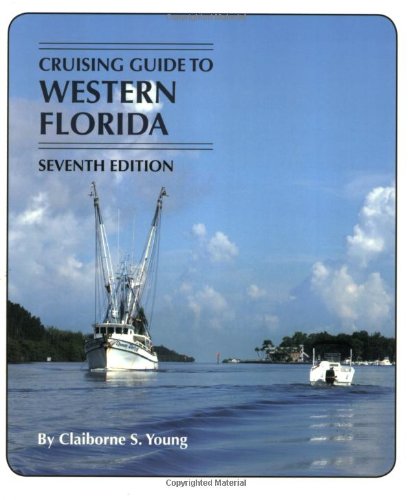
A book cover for Cruising Guides: Cruising Guide to Western Florida: Seventh Edition (Cruising Guide Series); Claiborne S. Young; Sports & Outdoors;